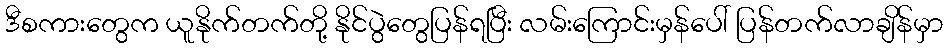
ဒီစကားတွေက ယူနိုက်တက်တို့ နိုင်ပွဲတွေပြန်ရပြီး လမ်းကြောင်းမှန်ပေါ် ပြန်တက်လာချိန်မှာ